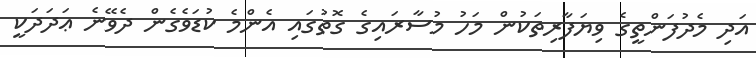
އަދި މެދުފަންތީގެ ވިޔަފާރިތަކުން މަހު މުސާރައިގެ ގޮތުގައި އެންމެ ކުޑަވެގެން ދެވޭނެ ޢަދަދަކީ